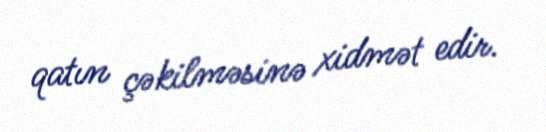
qatın çəkilməsinə xidmət edir.